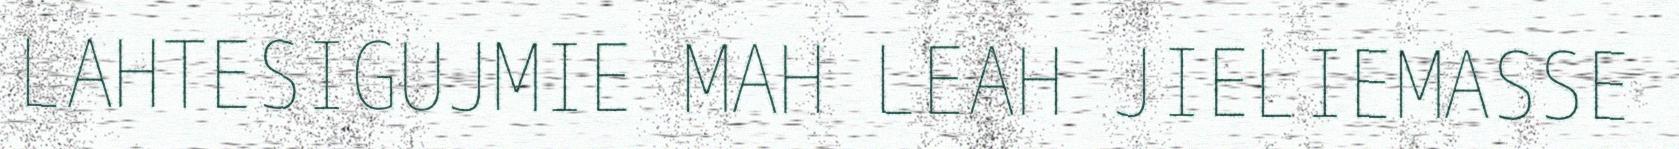
LAHTESIGUJMIE MAH LEAH JIELIEMASSE